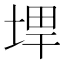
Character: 𪣨